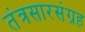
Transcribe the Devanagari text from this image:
तंत्रसारसंग्रह